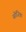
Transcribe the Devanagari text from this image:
सोजित्रा